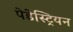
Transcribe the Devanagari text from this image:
पेडेस्ट्रियन